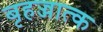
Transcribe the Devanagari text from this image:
बृहज्जात्क